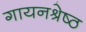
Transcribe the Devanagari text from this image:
गायनश्रेष्ठ